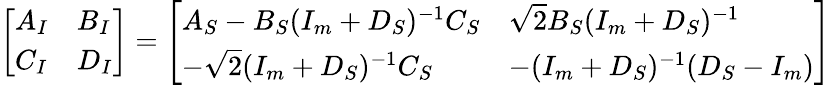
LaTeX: \begin{array}{r}{\left[\begin{array}{ll}{A_{I}}&{B_{I}}\\ {C_{I}}&{D_{I}}\end{array}\right]=\left[\begin{array}{ll}{A_{S}-B_{S}(I_{m}+D_{S})^{-1}C_{S}}&{\sqrt{2}B_{S}(I_{m}+D_{S})^{-1}}\\ {-\sqrt{2}(I_{m}+D_{S})^{-1}C_{S}}&{-(I_{m}+D_{S})^{-1}(D_{S}-I_{m})}\end{array}\right]}\end{array}